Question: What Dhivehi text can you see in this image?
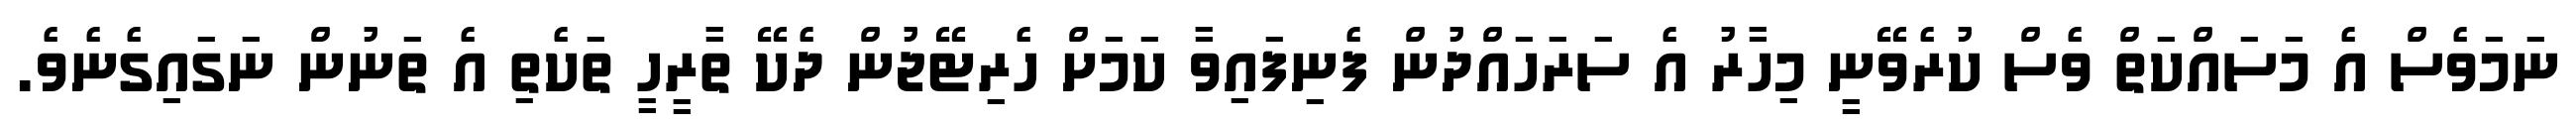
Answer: ނަމަވެސް އެ މަސައްކަތް ވެސް ކުރެވޭނީ މިހާރު އެ ސަރަހައްދުން ފެނިފައިވާ ކަމަށް ހެރިޓޭޖުން ދެކޭ ތާރީހީ ތަކެތި އެ ތަނުން ނަގައިގެނެވެ.